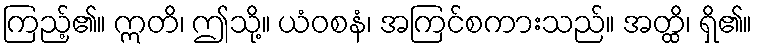
ကြည့်၏။ ဣတိ၊ ဤသို့။ ယံဝစနံ၊ အကြင်စကားသည်။ အတ္ထိ၊ ရှိ၏။